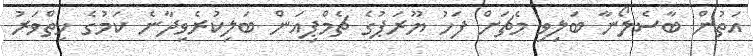
އަތުން ބާސެލޯނާ ބަލިވި މެޗަށް ފަހު ޔޫރަޕުގެ ޗެމްޕިއަން ބަލިކުރެވިދާނެ ކަމުގެ ހިތްވަރު